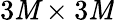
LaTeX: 3\mathit{M}\times3\mathit{M}